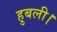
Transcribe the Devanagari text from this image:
हुबली।